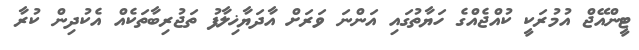
ޓީންއޭޖް އުމުރަކީ ކުއްޖެއްގެ ހަޔާތުގައި އަންނަ ވަރަށް އާދަޔާޚިލާފު ތަޖުރިބާތަކެއް އެކުދިން ކުރާ